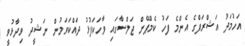
އަހުމަދު އަޝްރަފްގެ އެންމެ ފަހު ކެމްޕޭން ޖަލްސާގައި ވާހަކަފުޅު ދައްކަވަމުން ނަޝީދު ވިދާޅުވީ